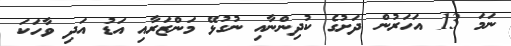
ނަމަ 13 އަހަރުން ދަށުގެ ކުދިންނާއި ނުގުޅޭ މަންޒަރާއި އަޑު އަދި ވާހަކަ